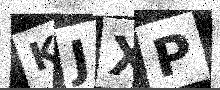
Text: KJXP